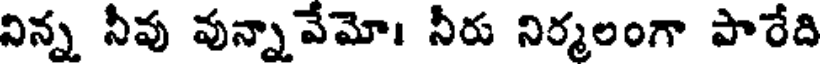
నిన్న నీవు వున్నావేమో। నీరు నిర్మలంగా పారేది